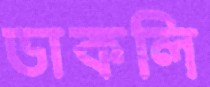
ডাকলি